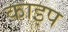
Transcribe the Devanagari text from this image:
काइप